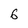
Character: 6